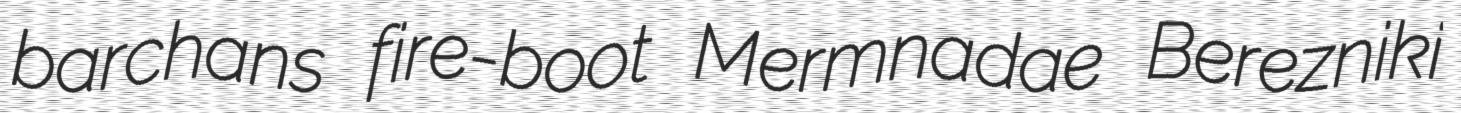
barchans fire-boot Mermnadae Berezniki